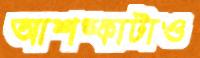
আশঙ্কাটাও